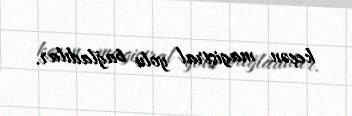
keçən magistral yolu bağladılar.